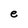
Character: e